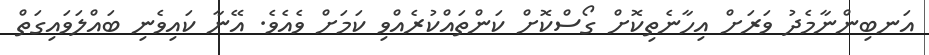
އަނބިންނާމެދު ވަރަށް އިހާނެތިކޮށް ގޯސްކޮށް ކަންތައްކުރެއްވި ކަމަށް ވެއެވެ. އޭނާ ކައިވެނި ބައްލަވައިގަތް